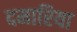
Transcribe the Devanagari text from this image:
दमारिया